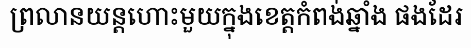
ព្រលានយន្តហោះមួយក្នុងខេត្តកំពង់ឆ្នាំង ផងដែរ